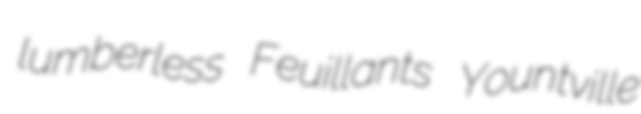
lumberless Feuillants Yountville